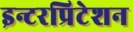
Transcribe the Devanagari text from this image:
इन्टरप्रिटेशन